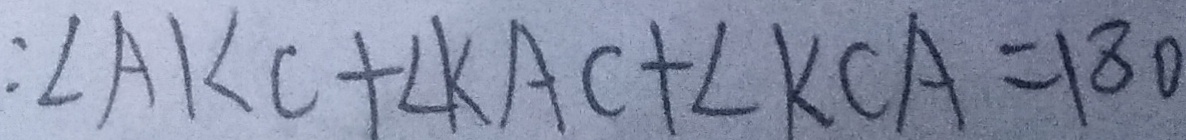
: \angle A K C + \angle K A C + \angle K C A = 1 8 0